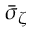
\bar { \sigma } _ { \zeta }